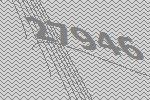
27946